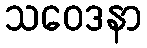
သဝေဒနာ